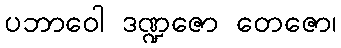
ပဘာဝေါ ဒဏ္ဍဇော တေဇော၊